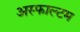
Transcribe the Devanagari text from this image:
अस्फाल्टम